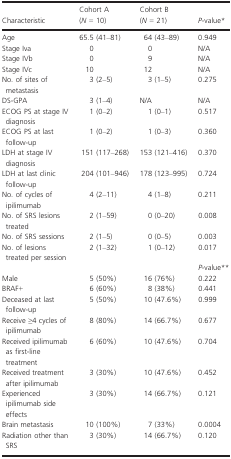
| Characteristic | Cohort A (N = 10) | Cohort B (N = 21) | P-value* |
 | --- | --- | --- | --- |
 | Age | 65.5 (41–81) | 64 (43–89) | 0.949 |
 | Stage Iva | 0 | 0 | N/A |
 | Stage IVb | 0 | 9 | N/A |
 | Stage IVc | 10 | 12 | N/A |
 | No. of sites of metastasis | 3 (2–5) | 3 (1–5) | 0.275 |
 | DS-GPA | 3 (1–4) | N/A | N/A |
 | ECOG PS at stage IV diagnosis | 1 (0–2) | 1 (0–1) | 0.517 |
 | ECOG PS at last follow-up | 1 (0–2) | 1 (0–3) | 0.360 |
 | LDH at stage IV diagnosis | 151 (117–268) | 153 (121–416) | 0.370 |
 | LDH at last clinic follow-up | 204 (101–946) | 178 (123–995) | 0.724 |
 | No. of cycles of ipilimumab | 4 (2–11) | 4 (1–8) | 0.211 |
 | No. of SRS lesions treated | 2 (1–59) | 0 (0–20) | 0.008 |
 | No. of SRS sessions | 2 (1–5) | 0 (0–5) | 0.003 |
 | No. of lesions treated per session | 2 (1–32) | 1 (0–12) | 0.017 |
 |  |  |  | P-value* |
 | Male | 5 (50%) | 16 (76%) | 0.222 |
 | BRAF+ | 6 (60%) | 8 (38%) | 0.441 |
 | Deceased at last follow-up | 5 (50%) | 10 (47.6%) | 0.999 |
 | Receive ≥4 cycles of ipilimumab | 8 (80%) | 14 (66.7%) | 0.677 |
 | Received ipilimumab as first-line treatment | 6 (60%) | 10 (47.6%) | 0.704 |
 | Received treatment after ipilimumab | 3 (30%) | 10 (47.6%) | 0.452 |
 | Experienced ipilimumab side effects | 3 (30%) | 14 (66.7%) | 0.121 |
 | Brain metastasis | 10 (100%) | 7 (33%) | 0.0004 |
 | Radiation other than SRS | 3 (30%) | 14 (66.7%) | 0.120 |